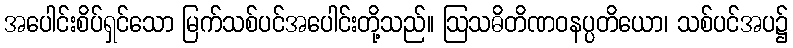
အပေါင်းစိပ်ရှင်သော မြက်သစ်ပင်အပေါင်းတို့သည်။ ဩသဓိတိဏဝနပ္ပတိယော၊ သစ်ပင်အပ၌